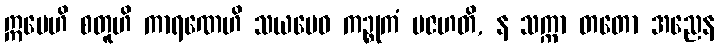
ဣမေဟိ စတူဟိ ကာရဏေဟိ သယမေဝ ကဉ္စုကံ ပဇဟတိ, န သက္ကာ တတော အညေန